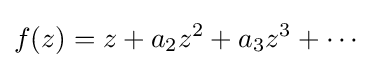
\displaystyle {f(z)=z+a_{2}z^{2}+a_{3}z^{3}+\cdots }